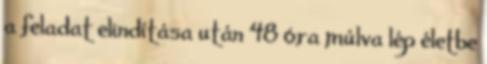
a feladat elindítása után 48 óra múlva lép életbe